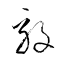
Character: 毅